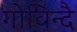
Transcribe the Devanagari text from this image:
गोविन्दै